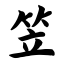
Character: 笠